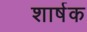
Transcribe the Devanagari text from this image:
शार्षक